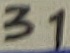
Text: 31